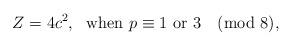
LaTeX: \begin{align*} Z=4c^2, \ \mbox{ when } p \equiv 1 \mbox{ or } 3 \pmod 8,\end{align*}